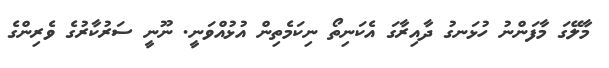
މާލޭގަ މާފަންނު ހުޅަނގު ދާއިރާގަ އެކަނިތޯ ނިކަމެތިން އުޅުއްވަނީ. ނޫނީ ސަރުކާރުގެ ވެރިންގެ